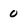
Character: 0